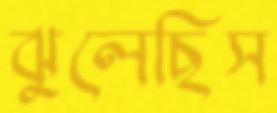
ঝুলেছিস